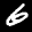
Label: 6